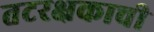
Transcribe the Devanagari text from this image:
तटरक्षकाची